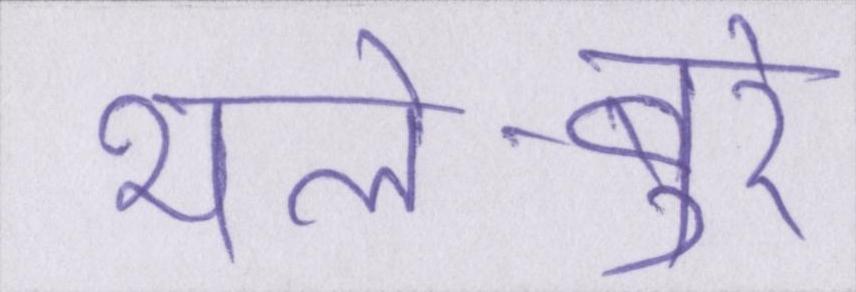
भले-बुरे